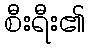
စီးရီး၏